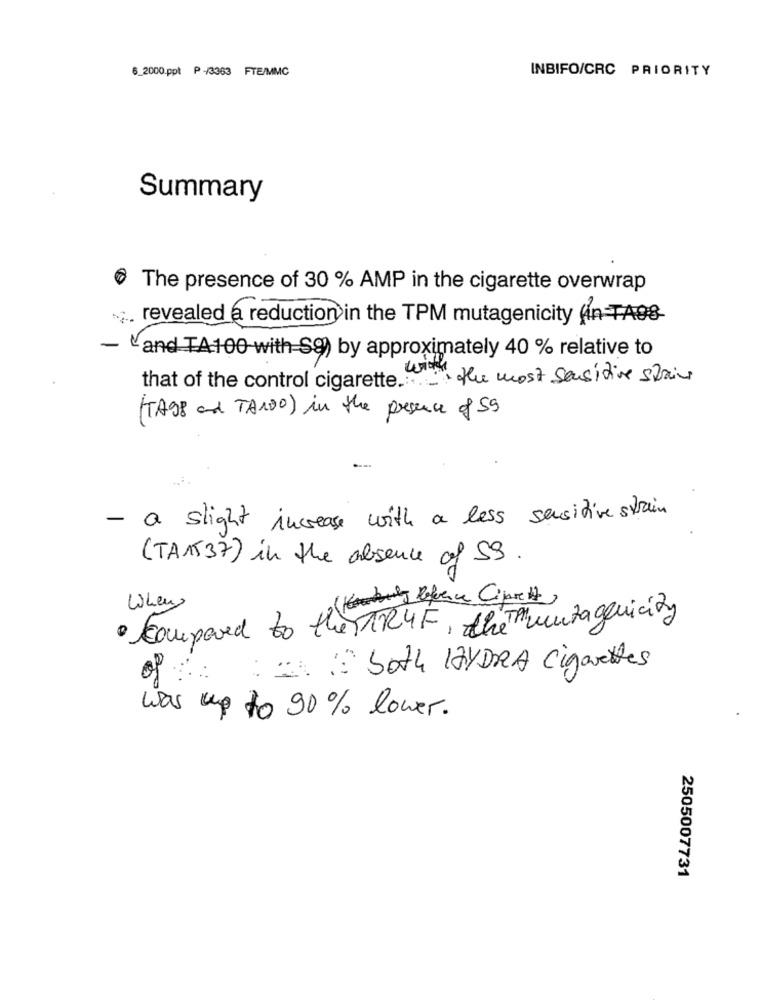
6_2000.ppt P /3363 FTE/MMC
INBIFO/CRC PRIORITY
Summary
The presence of 30 % AMP in the cigarette overwrap
revealed a reduction in the TPM mutagenicity An TAOS-
and TA:100 with S9) by approximately 40 % relative to
that of the control cigarette .: the most Sensitive spain
(TAGE and TANDO) in the presence of 59
- a slight increase with a less sensitive strain
(TAA537) in the absence of 59.
When
· compared to theSTR4F, the mutagenicity
of both HYDRA cigarettes
was up to 90% lower.
2505007731